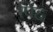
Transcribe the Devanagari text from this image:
पिह